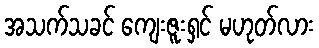
အသက်သခင် ကျေးဇူးရှင် မဟုတ်လား